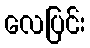
လေပြင်း